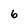
Character: 6